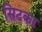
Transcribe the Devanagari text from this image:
सिटका